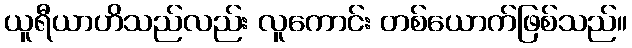
ယူရီယာဟိသည်လည်း လူကောင်း တစ်ယောက်ဖြစ်သည်။